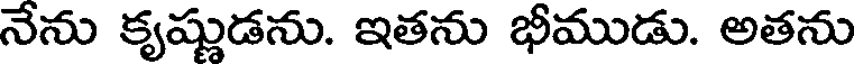
నేను కృష్ణుడను. ఇతను భీముడు. అతను